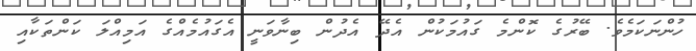
ހުންނަކަމެވެ. ބޭރުގެ ކޮންމެ ގައުމަކުން އެދޭ އެދުން ބިނާވަނީ އެގައުމެއްގެ އަމިއްލަ ކަންތަކާއި